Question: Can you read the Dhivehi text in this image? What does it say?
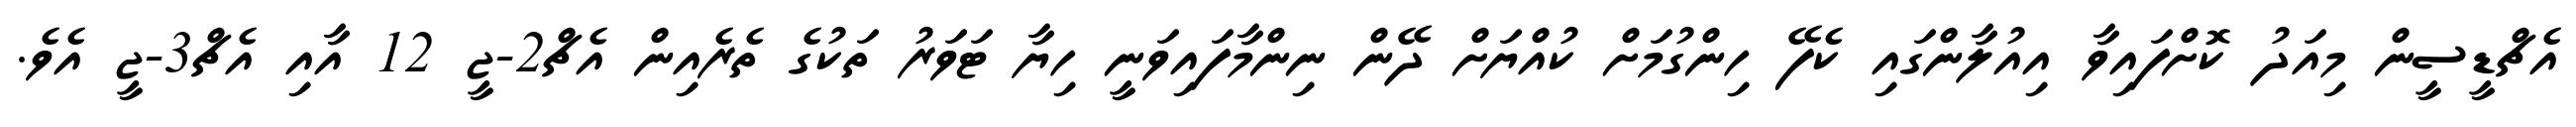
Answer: އެޗްޑީސީން މިއަދު ކޮށްފައިވާ އިއުލާންގައި ކެފޭ ހިންގުމަށް ކުއްޔަށް ދޭން ނިންމާފައިވަނީ ހިޔާ ޓަވަރު ތަކުގެ ތެރެއިން އެޗް2-ޖީ 12 އާއި އެޗް3-ޖީ އެވެ.